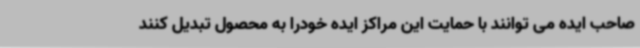
صاحب ایده می توانند با حمایت این مراکز ایده خودرا به محصول تبدیل کنند